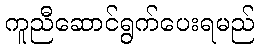
ကူညီဆောင်ရွက်ပေးရမည်